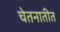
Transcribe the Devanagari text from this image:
चेतनातीत